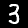
Label: 3